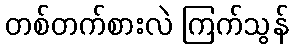
တစ်တက်စားလဲ ကြက်သွန်